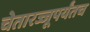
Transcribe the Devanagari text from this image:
चेतारज्जूपर्यंतच